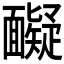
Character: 𩉏